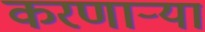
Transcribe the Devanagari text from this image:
करणार्‍या